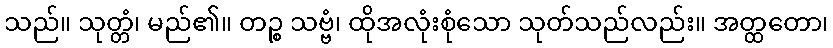
သည်။ သုတ္တံ၊ မည်၏။ တဉ္စ သဗ္ဗံ၊ ထိုအလုံးစုံသော သုတ်သည်လည်း။ အတ္ထတော၊